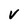
Character: V